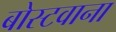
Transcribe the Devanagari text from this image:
बोस्टवाना